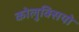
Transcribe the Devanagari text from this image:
कोलुक्सियो